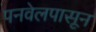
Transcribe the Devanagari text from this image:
पनवेलपासून